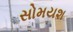
સોમયશ